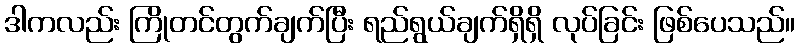
ဒါကလည်း ကြိုတင်တွက်ချက်ပြီး ရည်ရွယ်ချက်ရှိရှိ လုပ်ခြင်း ဖြစ်ပေသည်။